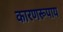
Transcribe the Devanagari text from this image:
कारणरूपाय